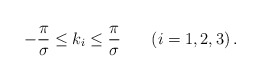
\begin{align*}-{\pi \over \sigma} \leq k_{i} \leq {\pi \over \sigma}\;\;\;\;\;\;\left(i=1,2,3\right).\end{align*}